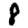
Digit: 8